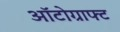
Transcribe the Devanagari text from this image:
ऑटोग्राफ्ट